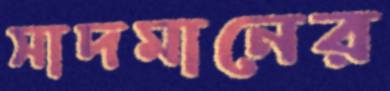
সাদমানের